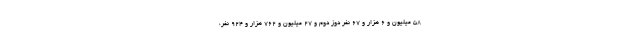
۵۸ میلیون و ۶ هزار و ۶۷ نفر دوز دوم و ۲۷ میلیون و ۷۶۲ هزار و ۹۲۴ نفر،